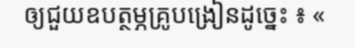
ឲ្យជួយឧបត្ថម្ភគ្រូបង្រៀនដូច្នេះ ៖ «